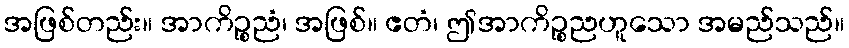
အဖြစ်တည်း။ အာကိဉ္စညံ၊ အဖြစ်။ ဧတံ၊ ဤအာကိဉ္စညဟူသော အမည်သည်။